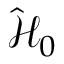
\hat { \mathcal { H } } _ { 0 }